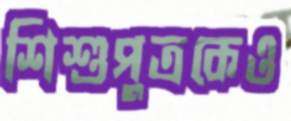
শিশুপুত্রকেও